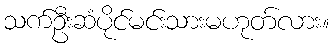
သက်ဦးဆံပိုင်မင်းသားမဟုတ်လား။